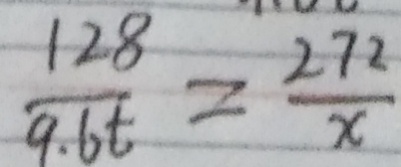
\frac { 1 2 8 } { 9 . 6 t } = \frac { 2 7 2 } { x }